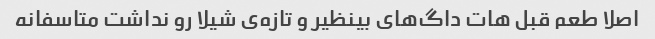
اصلا طعم قبل هات داگ‌های بینظیر و تازه‌ی شیلا رو نداشت متاسفانه